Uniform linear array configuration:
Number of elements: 48
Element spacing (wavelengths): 1
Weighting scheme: kaiser
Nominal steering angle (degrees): -45
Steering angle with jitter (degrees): -43.406
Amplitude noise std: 0.05
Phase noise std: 0.05

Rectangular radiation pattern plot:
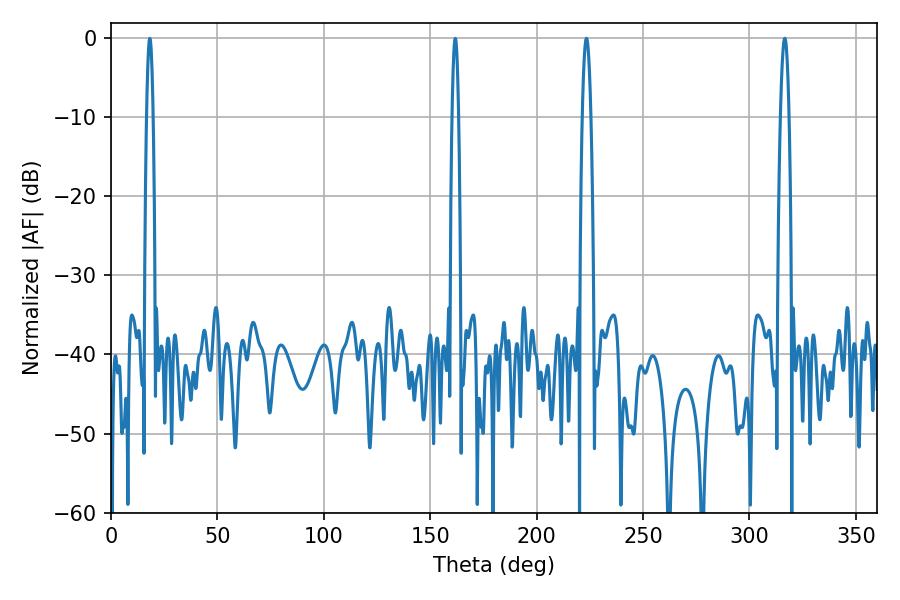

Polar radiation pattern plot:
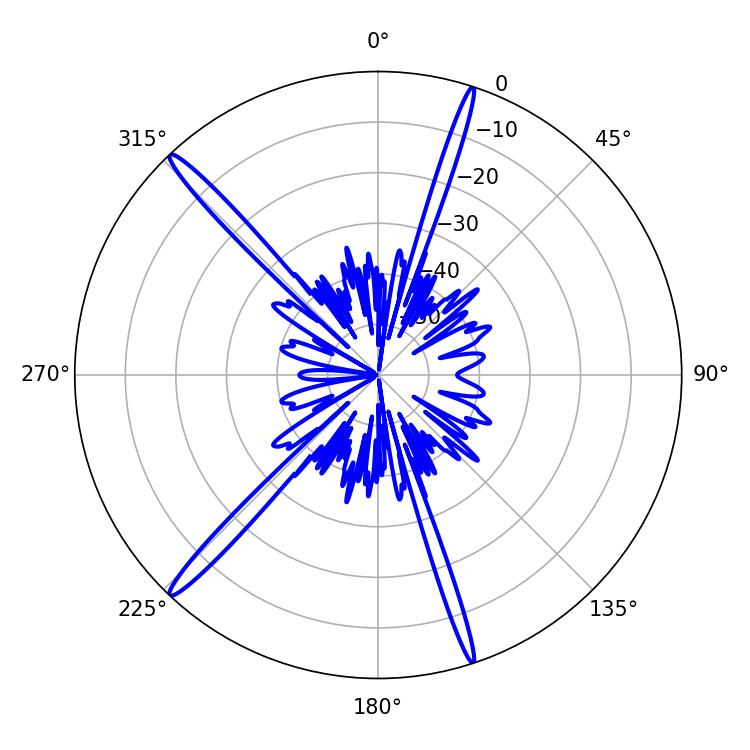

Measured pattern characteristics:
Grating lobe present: TRUE
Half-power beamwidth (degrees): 2.16
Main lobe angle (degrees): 223.38